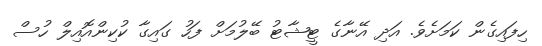
ހިފައިގެން ކަމަށެވެ. އަދި އޭނާގެ ޓީޝާޓު ބޭލުމަށް ފަހު ގައިގާ ކުކިންއޮއިލް ހުސް